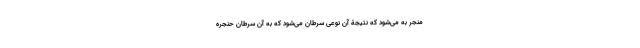
منجر به می‌شود که نتیجة آن نوعی سرطان می‌شود که به آن سرطان حنجره